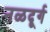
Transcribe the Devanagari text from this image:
नळदूर्ग